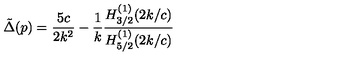
\tilde { \Delta } ( p ) = \frac { 5 c } { 2 k ^ { 2 } } - \frac { 1 } { k } \frac { H _ { 3 / 2 } ^ { ( 1 ) } ( 2 k / c ) } { H _ { 5 / 2 } ^ { ( 1 ) } ( 2 k / c ) }